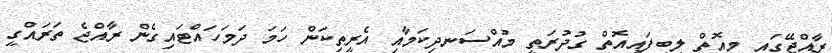
ރާއްޖޭގައި މިއޮތް ލިބިފައިއޮތް ގުދުރަތީ މުއްސަނދިކަމާއި އެރީތިކަން ހަމަ ދަމަހައްޓައިގެން ރާއްޖެ ތަރައްގީ